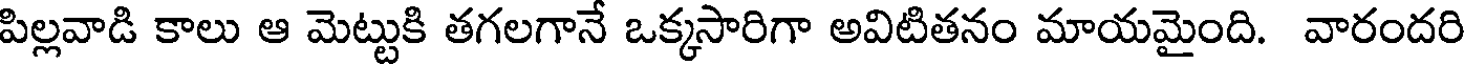
పిల్లవాడి కాలు ఆ మెట్టుకి తగలగానే ఒక్కసారిగా అవిటితనం మాయమైంది. వారందరి